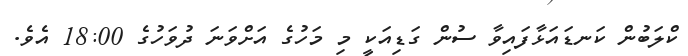
ކްލަބުން ކަނޑައަޅާފައިވާ ސުން ގަޑިއަކީ މި މަހުގެ އަށްވަނަ ދުވަހުގެ 18:00 އެވެ.